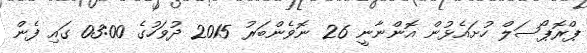
ޕްރޮޕޯސަލް ހުށައެޅުން އޮންނާނީ 26 ނޮވެންބަރު 2015 ދުވަހުގެ 03:00 ގައި ފެން